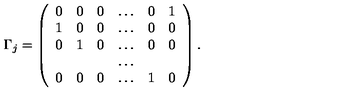
\Gamma _ { j } = \left( \begin{array} { c c c c c c } { 0 } & { 0 } & { 0 } & { \ldots } & { 0 } & { 1 } \\ { 1 } & { 0 } & { 0 } & { \ldots } & { 0 } & { 0 } \\ { 0 } & { 1 } & { 0 } & { \ldots } & { 0 } & { 0 } \\ { } & { } & { } & { \ldots } & { } & { } \\ { 0 } & { 0 } & { 0 } & { \ldots } & { 1 } & { 0 } \\ \end{array} \right) .